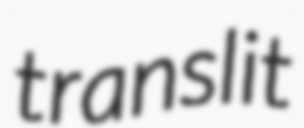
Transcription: translit